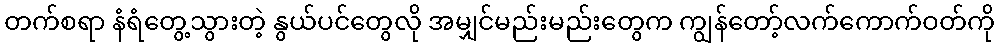
တက်စရာ နံရံတွေ့သွားတဲ့ နွယ်ပင်တွေလို အမျှင်မည်းမည်းတွေက ကျွန်တော့်လက်ကောက်ဝတ်ကို